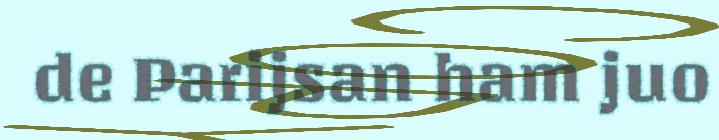
de Parijsan ham juo